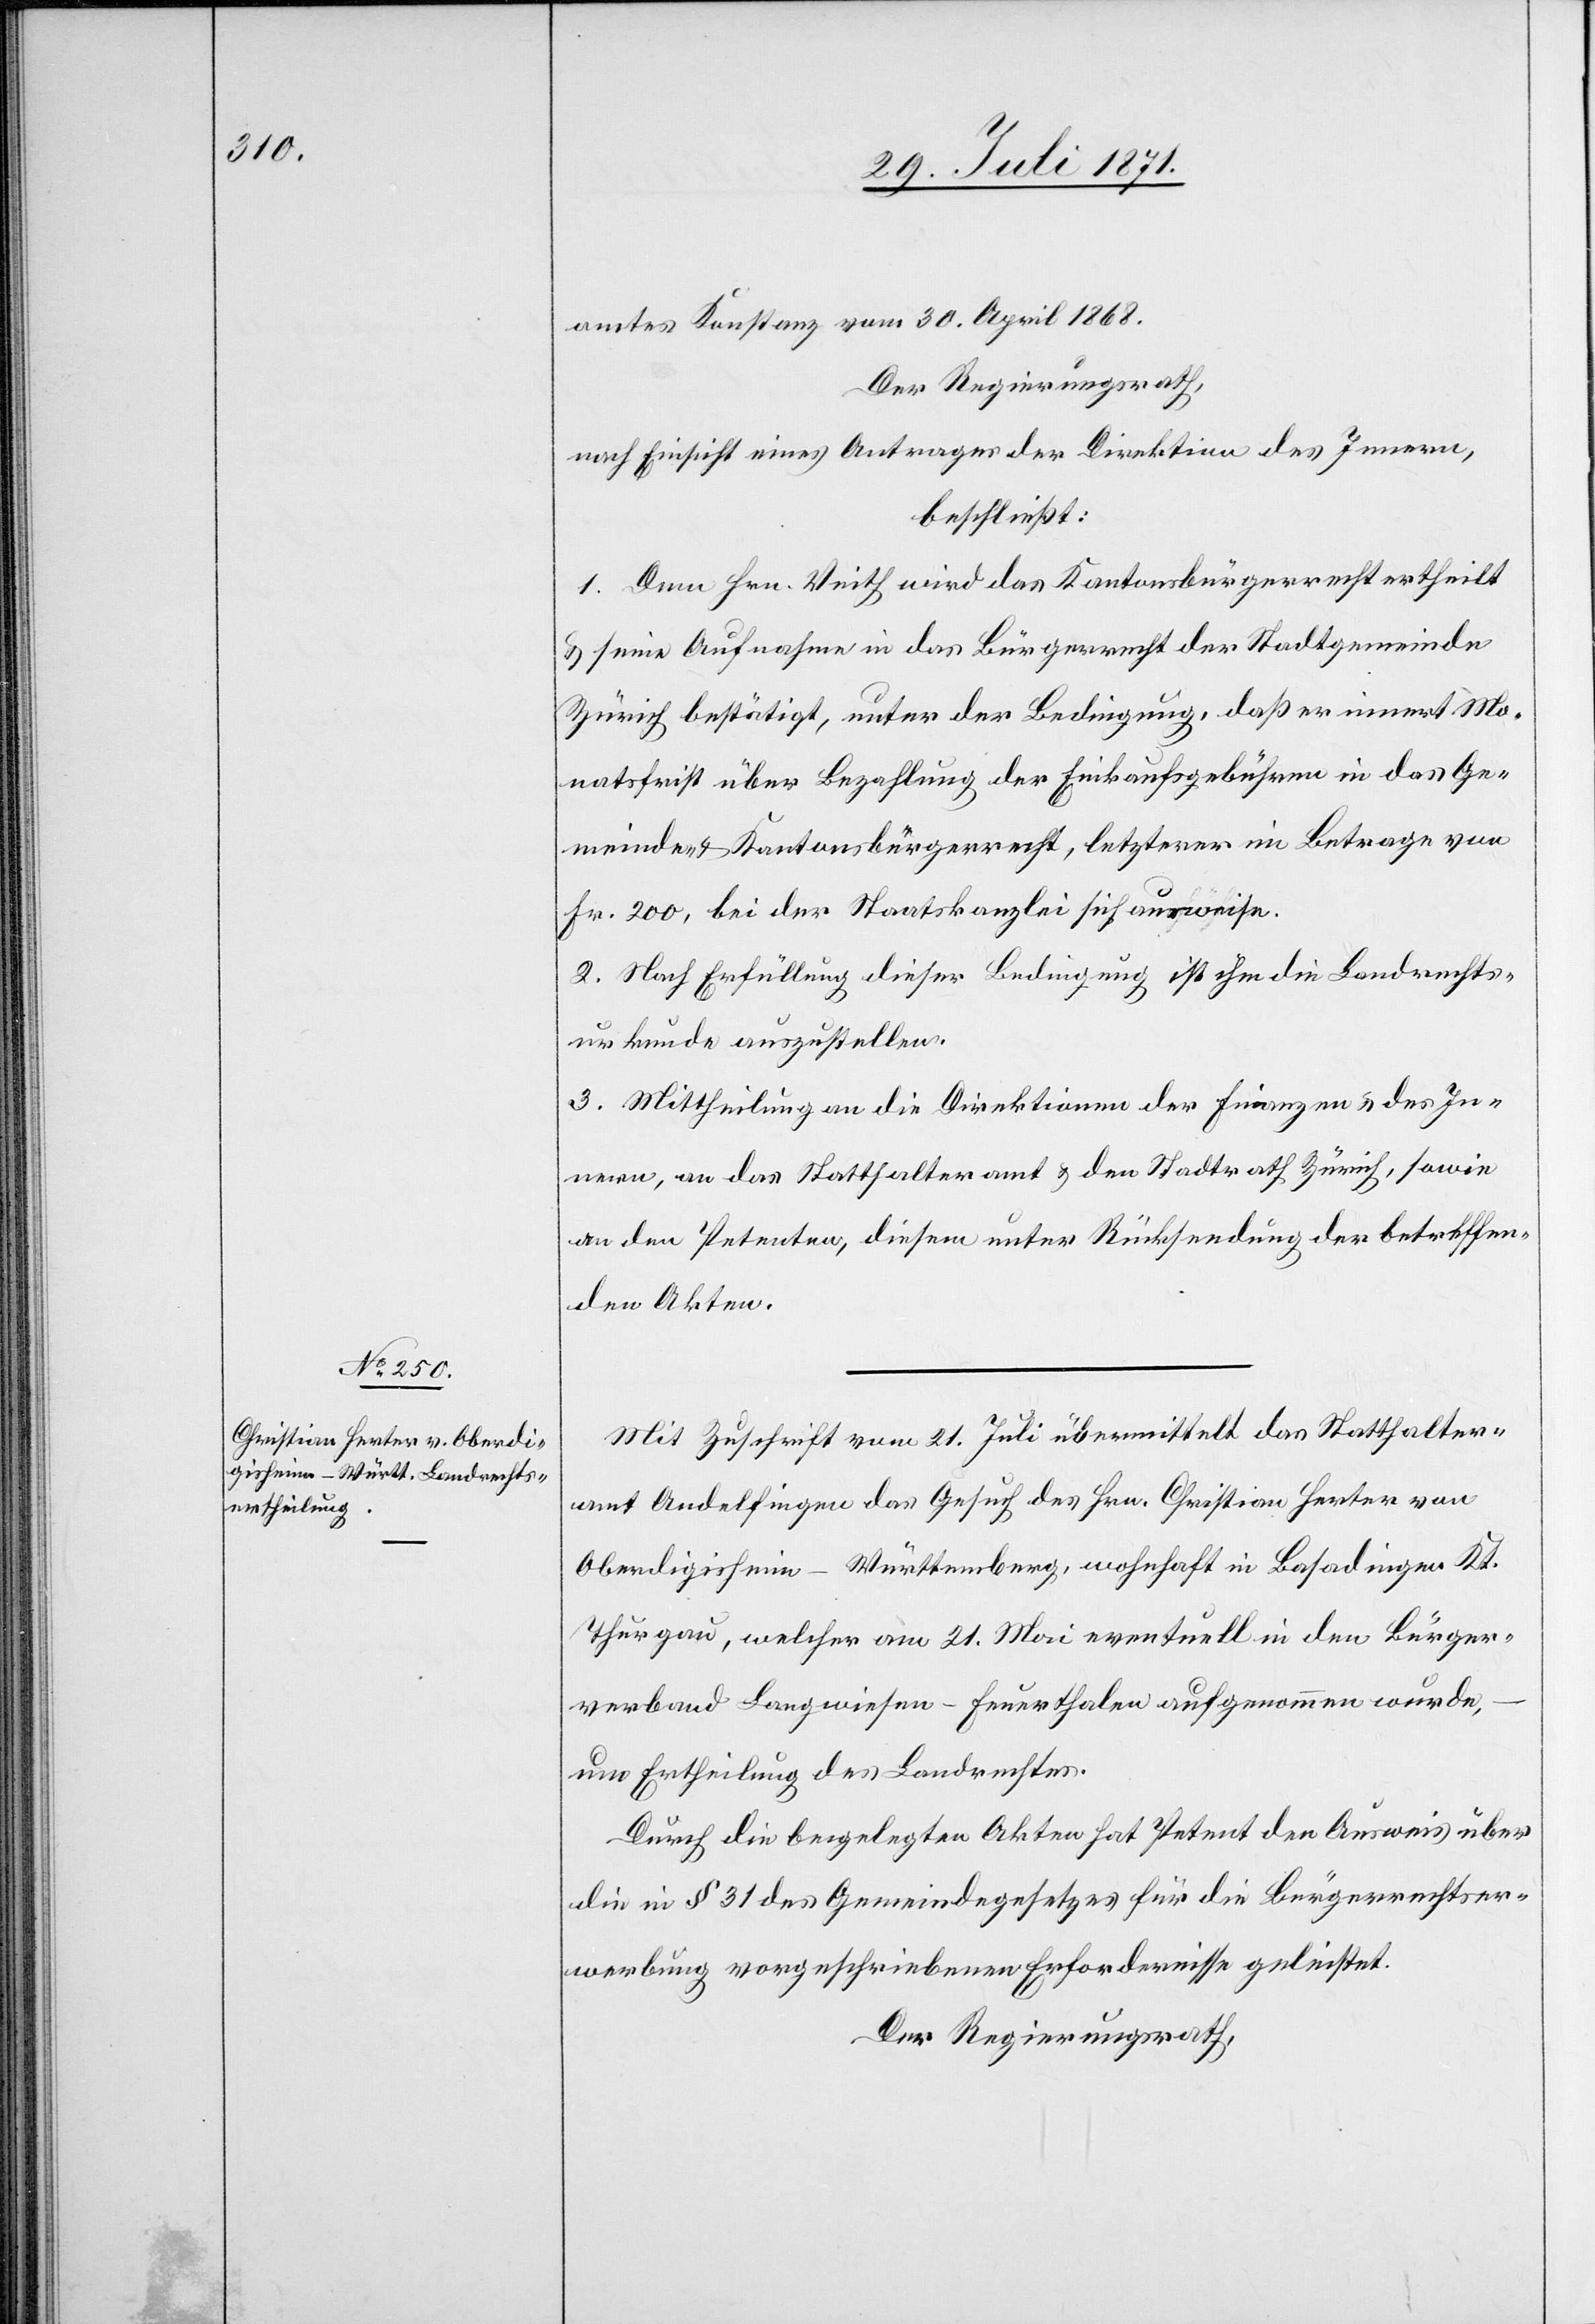
Mit Zuschrift vom 21. Juli übermittelt das Statthalter¬
amt Andelfingen das Gesuch des Hrn. Christian Herter von
Oberdigisheim-Württemberg, wohnhaft in Basadingen Kt.
Thurgau, welcher am 21. Mai eventuell in den Bürger¬
verband Landwiesen-Feuerthalen aufgenommen wurde,
um Ertheilung des Landrechtes.
Durch die beigelegten Akten hat Petent den Ausweis über
die in § 31 des Gemeindegesetzes für die Bürgerrechtser¬
werbung vorgeschriebenen Erfordernisse geleistet.
Der Regierungsrath,